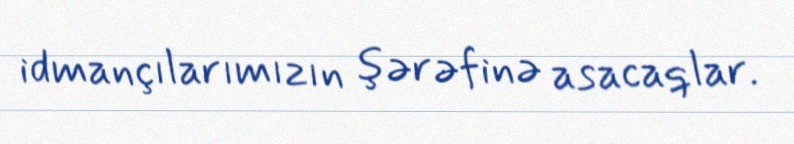
idmançılarımızın şərəfinə asacaqlar.